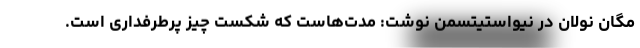
مگان نولان در نیواستیتسمن نوشت: مدت‌هاست که شکستْ چیز پرطرفداری است.